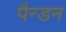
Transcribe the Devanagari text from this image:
पैन्डन